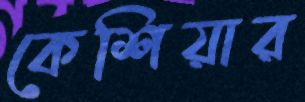
কেশিয়ার